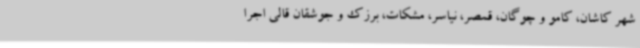
شهر کاشان، کامو و چوگان، قمصر، نیاسر، مشکات، برزک و جوشقان قالی اجرا